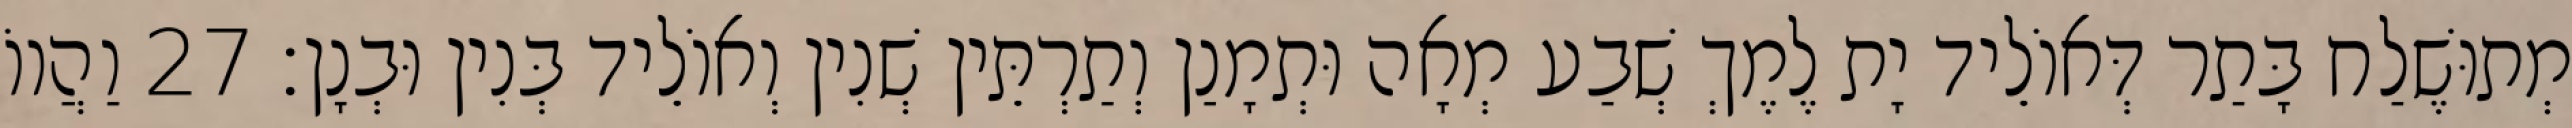
מְתוּשֶׁלַח בָּתַר דְּאוֹלֵיד יָת לֶמֶךְ שְׁבַע מְאָה וּתְמָנַן וְתַרְתֵּין שְׁנִין וְאוֹלֵיד בְּנִין וּבְנָן׃ 27 וַהֲווֹ